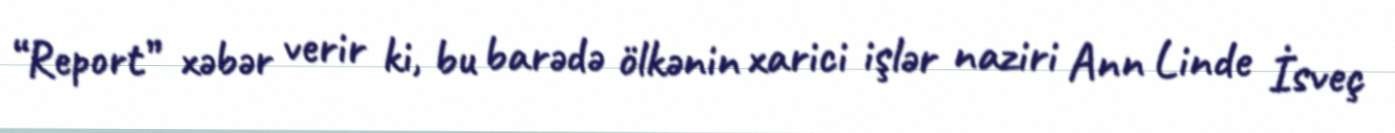
“Report” xəbər verir ki, bu barədə ölkənin xarici işlər naziri Ann Linde İsveç